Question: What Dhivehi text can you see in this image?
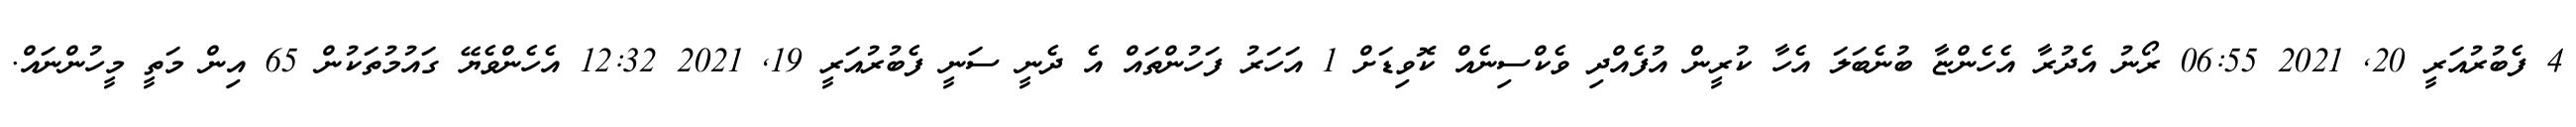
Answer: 4 ފެބުރުއަރީ 20, 2021 06:55 ރޯނު އެދުރާ އެހެންޏާ ބުނެބަލަ އެހާ ކުރީން އުފެއްދި ވެކްސިނެއް ކޮވިޑަށް 1 އަހަރު ފަހުންތައް އެ ދެނީ ސަނީ ފެބުރުއަރީ 19, 2021 12:32 އެހެންވެޔޭ ގައުމުތަކުން 65 އިން މަތީ މީހުންނައް.